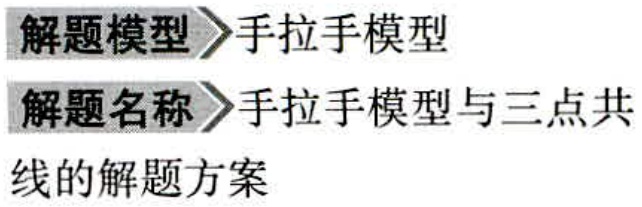
解题模型$\rightharpoonup$手拉手模型

解题名称$\rightharpoonup$手拉手模型与三点共

线的解题方案